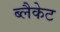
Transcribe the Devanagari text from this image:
ब्लैकेट